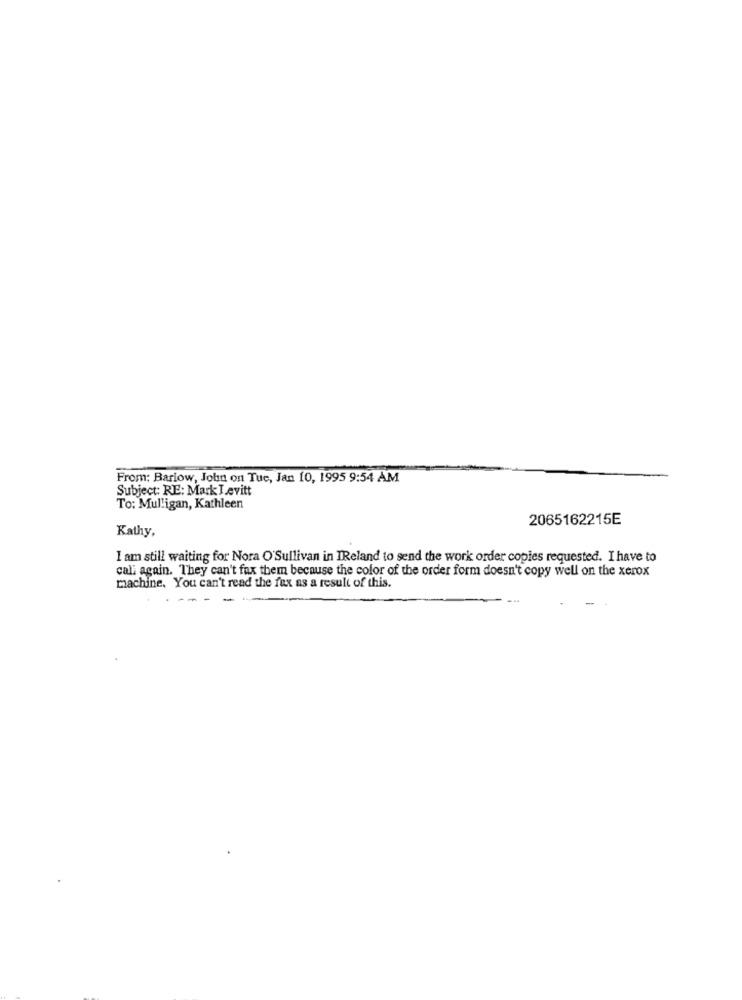
From: Barlow, John on Tue, Jan 10, 1995 9:54 AM
Subject: RE: Mark Levitt
To: Mulligan, Kathleen
2065162215E
Kathy,
I am still waiting for Nora O'Sullivan in IReland to send the work order copies requested. I have to
cali again. They can't fax them because the color of the order form doesn't copy well on the xerox
machine, You can't read the fax as a result of this.
-